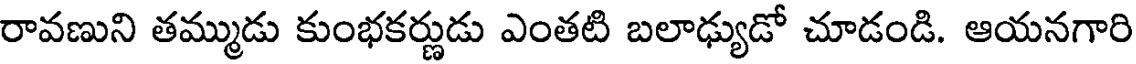
రావణుని తమ్ముడు కుంభకర్ణుడు ఎంతటి బలాఢ్యుడో చూడండి. ఆయనగారి